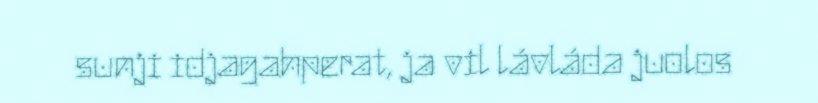
sunji idjagahperat, ja vil lávláda juolos